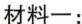
材料一：